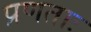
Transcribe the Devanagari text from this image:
प्रणताः